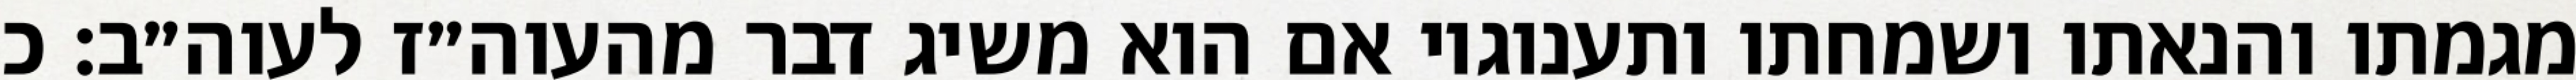
מגמתו והנאתו ושמחתו ותענוגיו אם הוא משיג דבר מהעוה״ז לעוה״ב: כ